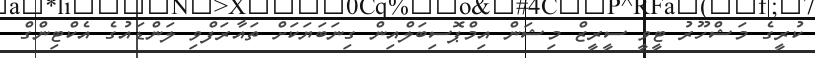
ކުރީގެ މަޝްހޫރު ޓީވީ ސީރީޒް މިޝަން އިމްޕޮސިބަލްއިން ގިނަބަޔަކަށް ތައާރަފްވި ލަންޑައުގެ އެކްޓިންގް